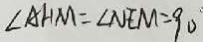
\angle A H M = \angle N E M = 9 0 ^ { \circ }